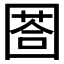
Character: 𡈐